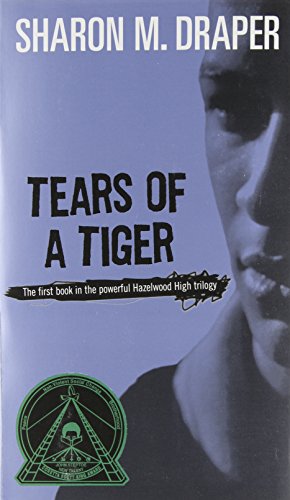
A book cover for Tears of a Tiger; Sharon M. Draper; Children's Books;